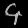
Digit: ၄